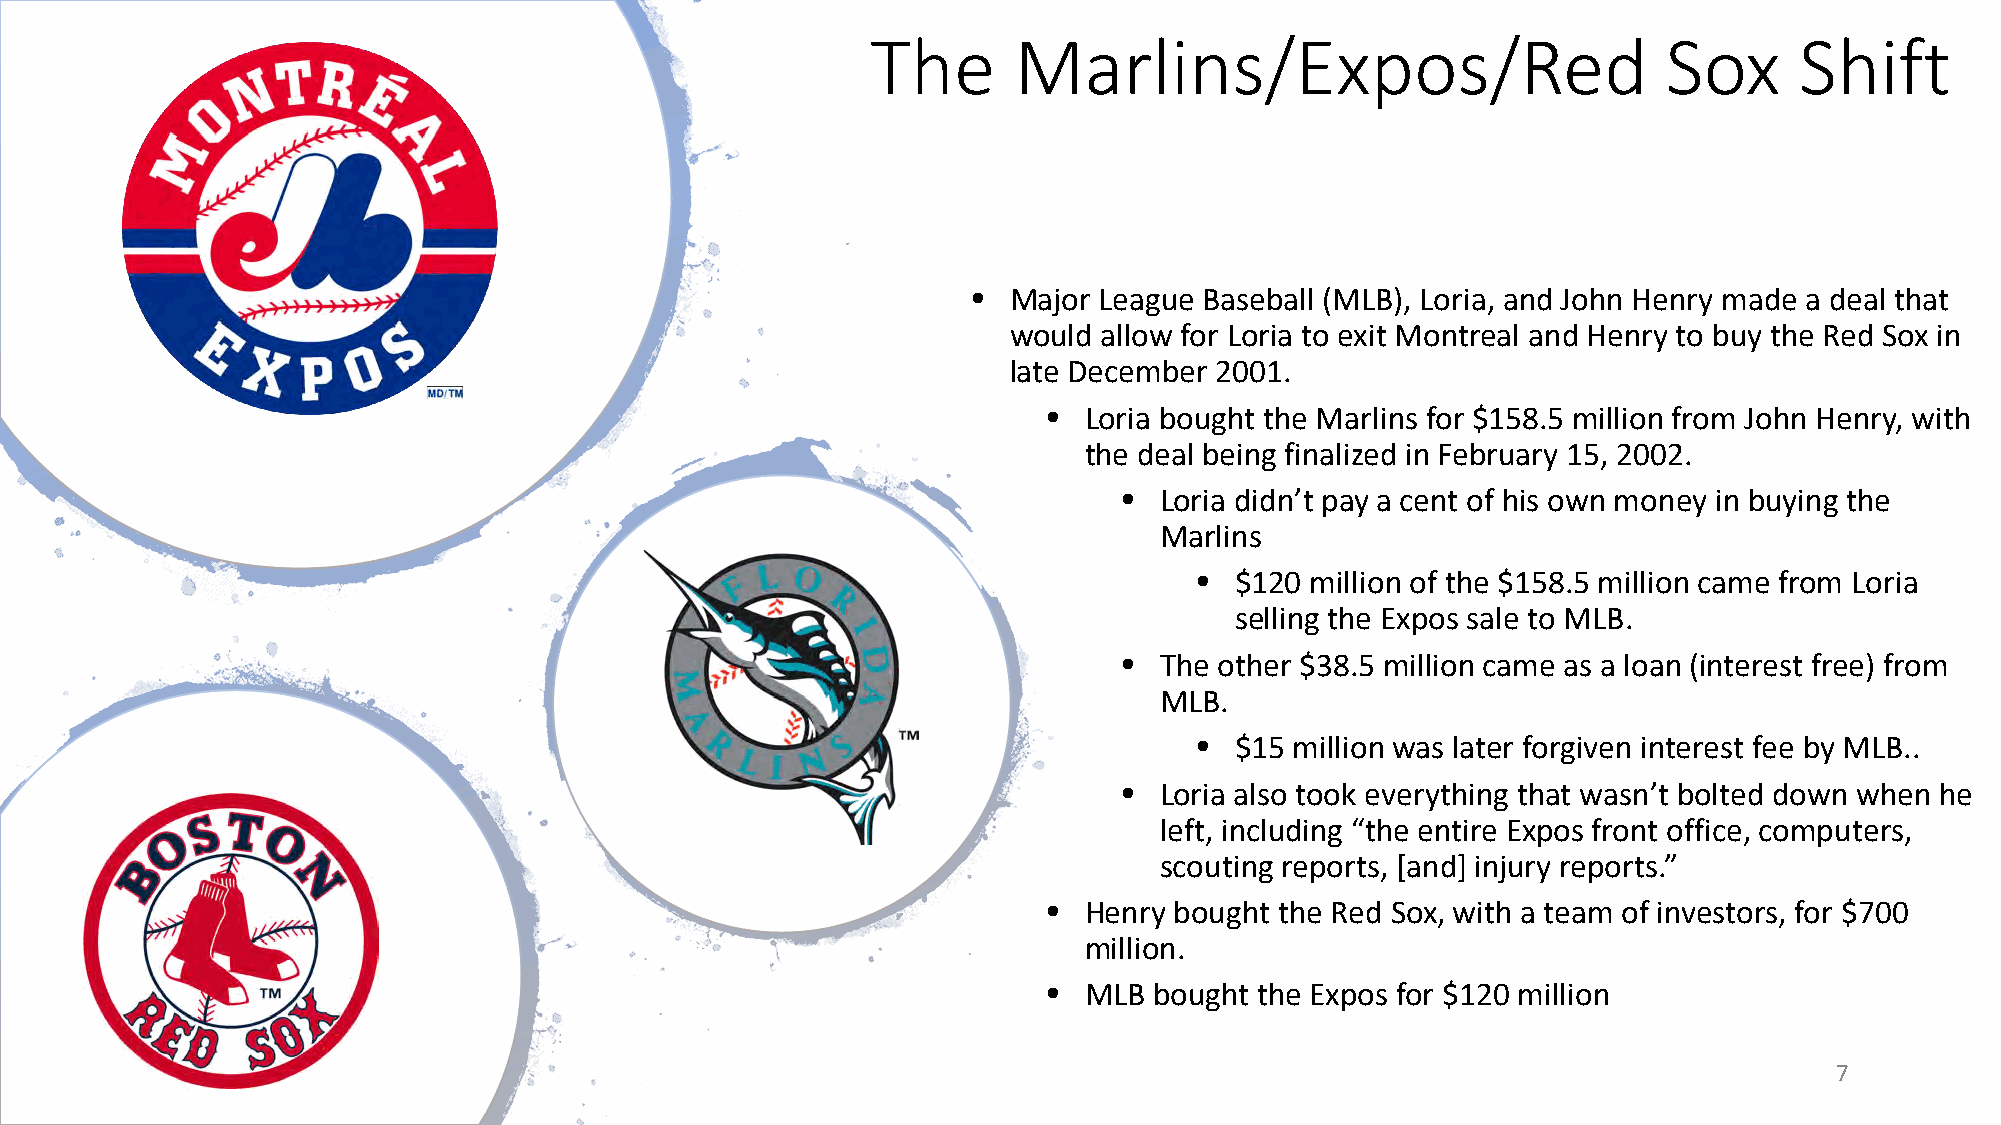
The      Marlins/Expos/Red                          Sox      Shift
 •  Major League Baseball (MLB), Loria, and John Henry made a deal that
 would allow for Loria to exit Montreal and Henry to buy the Red Sox in
 late December 2001.
 •  Loria bought the Marlins for $158.5 million from John Henry, with
 the deal being finalized in February 15, 2002.
 •  Loria didn’t pay a cent of his own money in buying the
 Marlins
 •  $120 million of the $158.5 million came from Loria
 selling the Expos sale to MLB.
 •  The other $38.5 million came as a loan (interest free) from
 MLB.
 •  $15 million was later forgiven interest fee by MLB..
 •  Loria also took everything that wasn’t bolted down when he
 left, including “the entire Expos front office, computers,
 scouting reports, [and] injury reports.”
 •  Henry bought the Red Sox, with a team of investors, for $700
 million.
 •  MLB bought the Expos for $120 million
 7